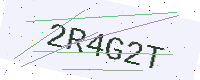
Text: 2R4G2T